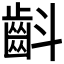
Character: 𮯁